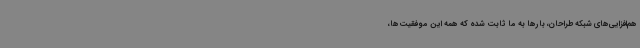
هم‌افزایی‌های شبکه طراحان، بارها به ما ثابت شده که همه این‌ موفقیت‌ها،